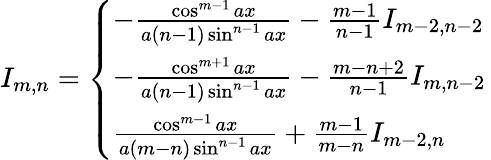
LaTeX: I_{m,n}={\left\{ \begin{array}{ll}{-{\frac{\cos^{m-1}{ax}}{a(n-1)\sin^{n-1}{ax}}}-{\frac{m-1}{n-1}}I_{m-2,n-2}}\\ {-{\frac{\cos^{m+1}{ax}}{a(n-1)\sin^{n-1}{ax}}}-{\frac{m-n+2}{n-1}}I_{m,n-2}}\\ {{\frac{\cos^{m-1}{ax}}{a(m-n)\sin^{n-1}{ax}}}+{\frac{m-1}{m-n}}I_{m-2,n}}\end{array}\right.}\,